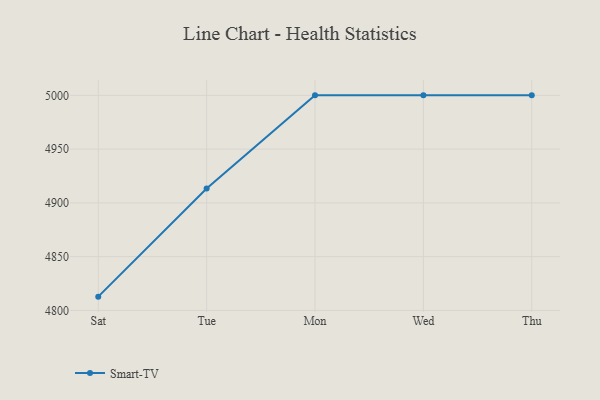
{"axis": {"x": "Day", "y": "Shipments"}, "legend": ["Smart-TV"], "data": [{"x": "Sat", "y": 4812.8, "type": "Smart-TV"}, {"x": "Tue", "y": 4913.4, "type": "Smart-TV"}, {"x": "Mon", "y": 5000, "type": "Smart-TV"}, {"x": "Wed", "y": 5000, "type": "Smart-TV"}, {"x": "Thu", "y": 5000, "type": "Smart-TV"}]}